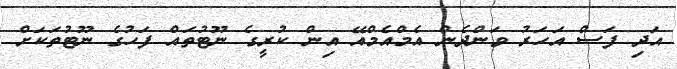
އަދި ފަސް އަހަރު ވަންދެން އެމްއެމްއޭ އިން ކުރީގެ ނޫޓުތައް ފަހުގެ ނޫޓުތަކަށް